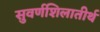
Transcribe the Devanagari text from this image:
सुवर्णशिलातीर्थ